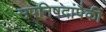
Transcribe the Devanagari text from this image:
उपनिषदांपैकीं